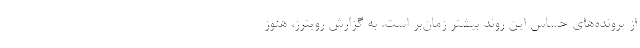
از پرونده‌های حساس این روند بیشتر زمان‌بر است. به گزارش رویترز، هنوز